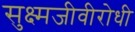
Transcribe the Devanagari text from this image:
सुक्ष्मजीवीरोधी